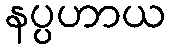
နပ္ပဟာယ